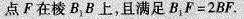
点F在棱B_{1}B上，且满足$$B